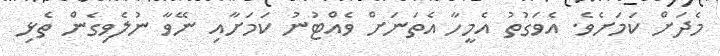
މެދަށް ކަމަށެވެ. އެވަގުތު އެމީހާ އެތަނަށް ވެއްޓުނު ކަމަށާއި ނޭވާ ނުލެވިގެން ތެޅި